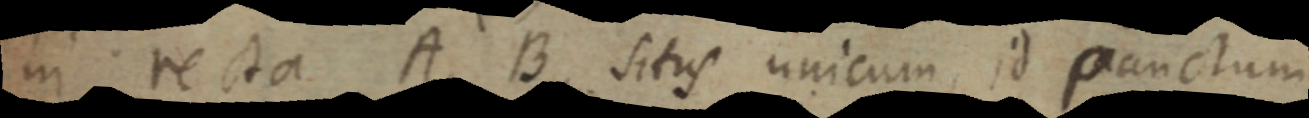
in recta A. B sitis unicum, id panclum